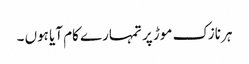
ہر نازک موڑ پر تمہارے کام آیا ہوں ۔